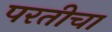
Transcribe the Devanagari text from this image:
परतीचा